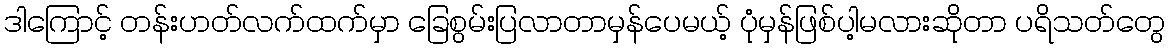
ဒါကြောင့် တန်းဟတ်လက်ထက်မှာ ခြေစွမ်းပြလာတာမှန်ပေမယ့် ပုံမှန်ဖြစ်ပါ့မလားဆိုတာ ပရိသတ်တွေ